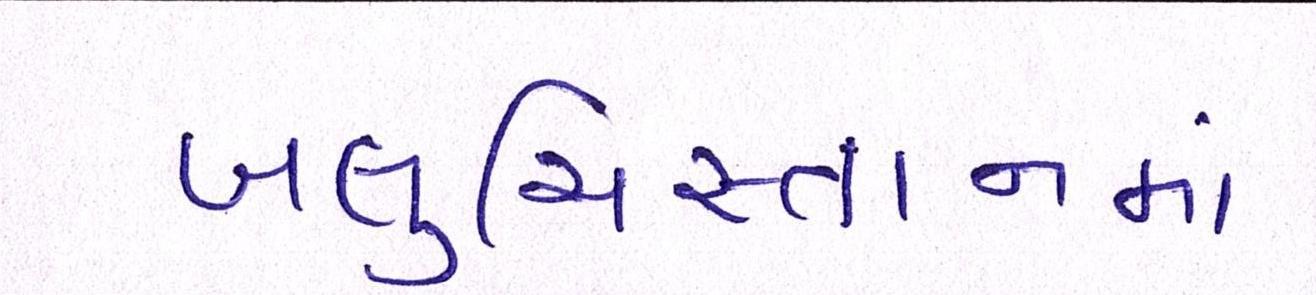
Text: બલુચિસ્તાનમાં